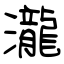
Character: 瀧